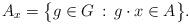
LaTeX: \begin{align*}A_x = \big\{ g \in G \, : \, g \cdot x \in A \big\}.\end{align*}